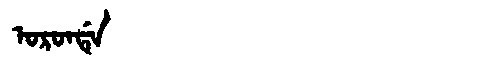
Manchu: ᠣᡵᠣᠨᡩᡝ
Romanization: ORONDE